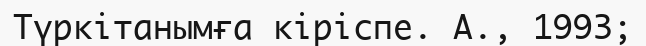
Түркітанымға кіріспе. А., 1993;